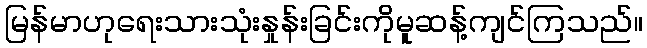
မြန်မာဟုရေးသားသုံးနှုန်းခြင်းကိုမူဆန့်ကျင်ကြသည်။